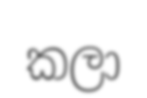
කලා